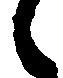
候